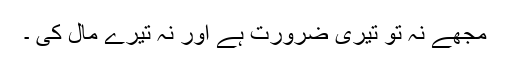
مجھے نہ تو تیری ضرورت ہے اور نہ تیرے مال کی ۔